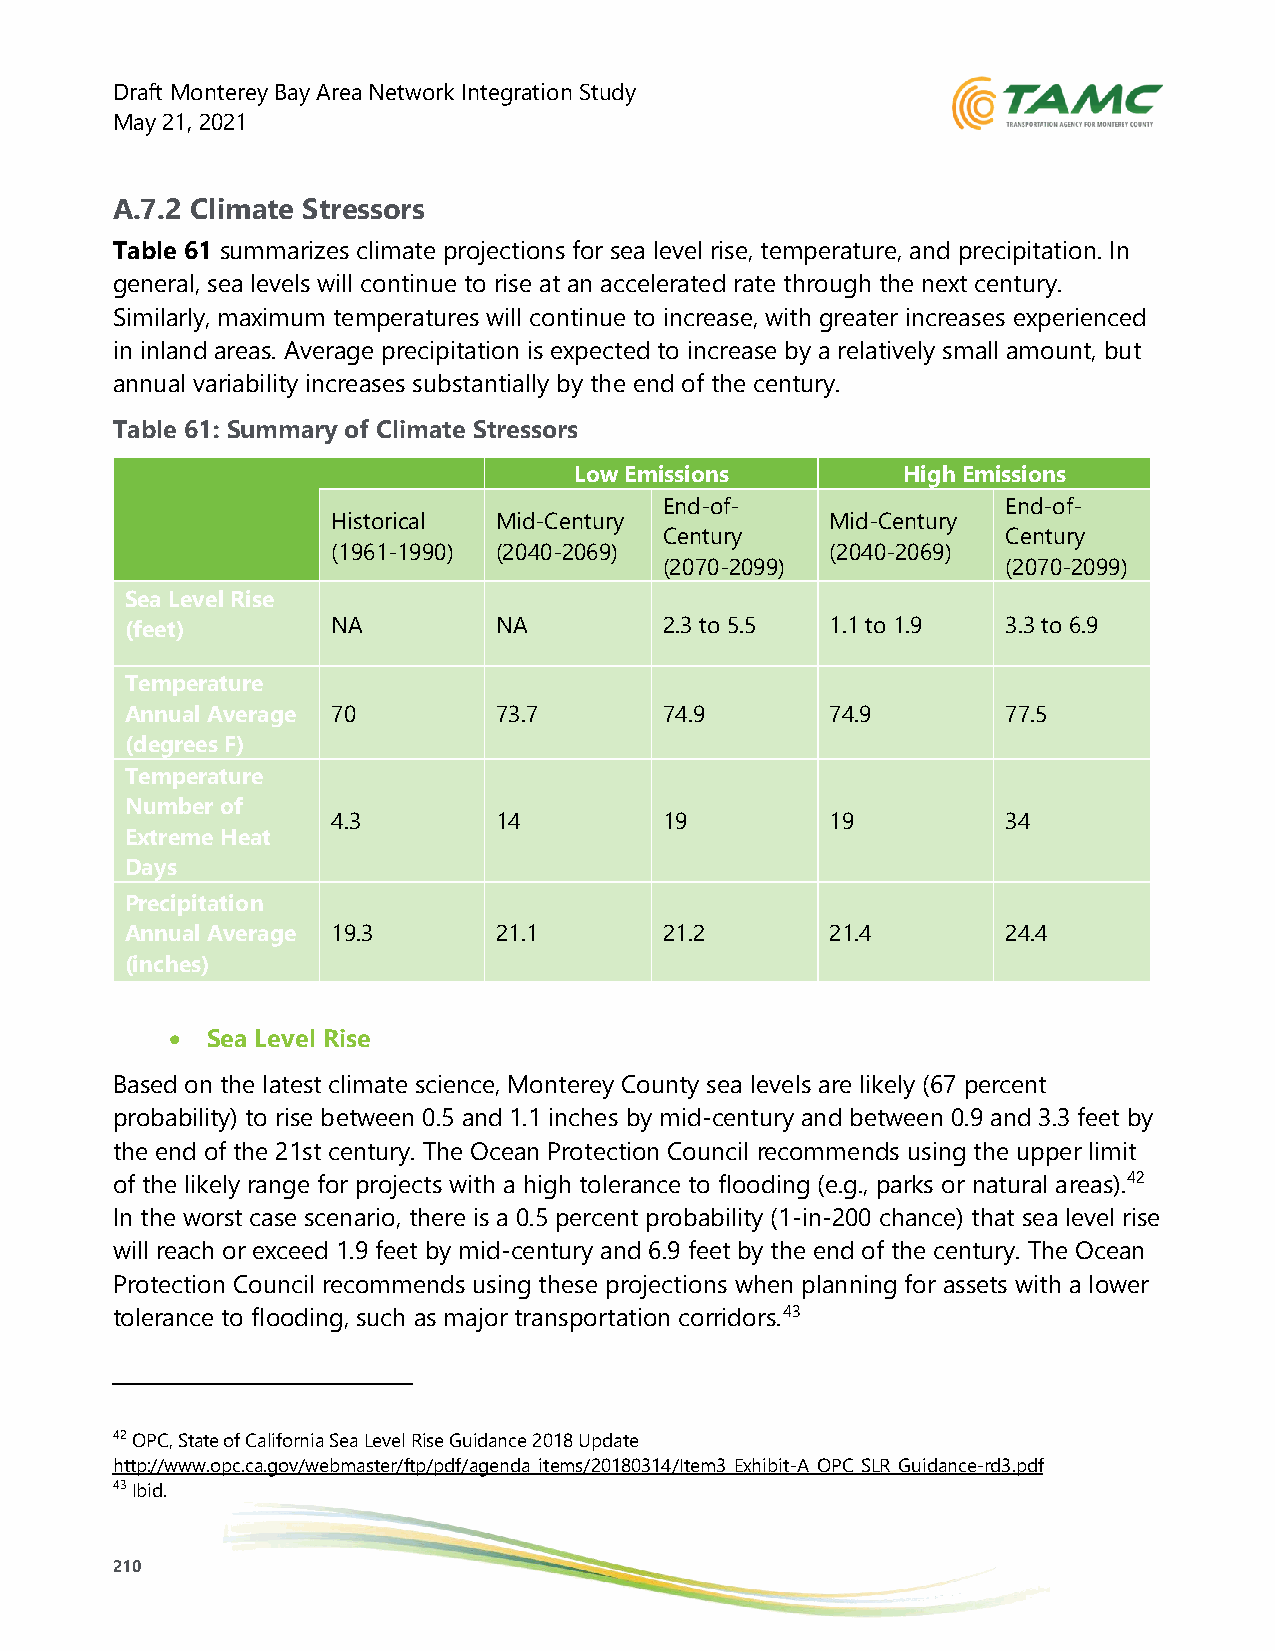
Draft Monterey Bay Area Network Integration Study
 May 21, 2021
 A.7.2 Climate Stressors
 Table 61 summarizes climate projections for sea level rise, temperature, and precipitation. In
 general, sea levels will continue to rise at an accelerated rate through the next century.
 Similarly, maximum temperatures will continue to increase, with greater increases experienced
 in inland areas. Average precipitation is expected to increase by a relatively small amount, but
 annual variability increases substantially by the end of the century.
 Table 61: Summary of Climate Stressors
 Low Emissions         High Emissions
 End-of-                End-of-
 Historical Mid-Century           Mid-Century
 Century                Century
 (1961-1990) (2040-2069)          (2040-2069)
 (2070-2099)            (2070-2099)
 Sea Level Rise
 (feet)        NA         NA         2.3 to 5.5 1.1 to 1.9  3.3 to 6.9
 Temperature
 Annual Average 70        73.7       74.9       74.9        77.5
 (degrees F)
 Temperature
 Number of
 4.3        14         19         19          34
 Extreme Heat
 Days
 Precipitation
 Annual Average 19.3      21.1       21.2       21.4        24.4
 (inches)
 •  Sea Level Rise
 Based on the latest climate science, Monterey County sea levels are likely (67 percent
 probability) to rise between 0.5 and 1.1 inches by mid-century and between 0.9 and 3.3 feet by
 the end of the 21st century. The Ocean Protection Council recommends using the upper limit
 of the likely range for projects with a high tolerance to flooding (e.g., parks or natural areas).42
 In the worst case scenario, there is a 0.5 percent probability (1-in-200 chance) that sea level rise
 will reach or exceed 1.9 feet by mid-century and 6.9 feet by the end of the century. The Ocean
 Protection Council recommends using these projections when planning for assets with a lower
 tolerance to flooding, such as major transportation corridors.43
 42 OPC, State of California Sea Level Rise Guidance 2018 Update
 http://www.opc.ca.gov/webmaster/ftp/pdf/agenda_items/20180314/Item3_Exhibit-A_OPC_SLR_Guidance-rd3.pdf
 43 Ibid.
 210